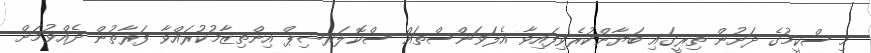
މި ސްކީމުގެ ދަށުން ތިރީގައި ބަޔާންކުރެވިފައިވާ އެލަވަންސްތައް ސްކޮލަރޝިޕް އިންތިޒާމުކުރައްވާ ފަރާތުން ދެއްވުމަށް